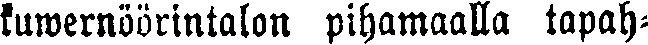
kuwernöörintalon pihamaalla tapah-